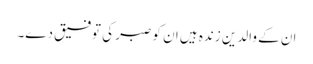
ان کے والدین زندہ ہیں ان کو صبر کی توفیق دے۔